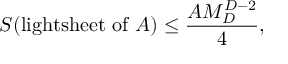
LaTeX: S ( \mathrm { l i g h t s h e e t ~ o f ~ } A ) \leq \frac { A M _ { D } ^ { D - 2 } } { 4 } ,